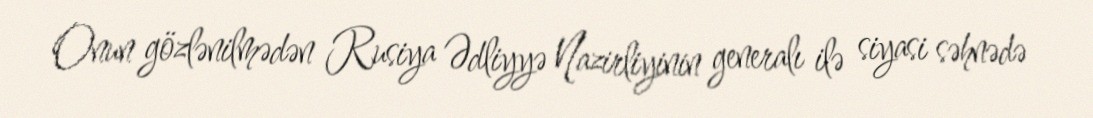
Onun gözlənilmədən Rusiya Ədliyyə Nazirliyinin generalı ilə siyasi səhnədə